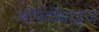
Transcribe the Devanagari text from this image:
ओपटीमाइज